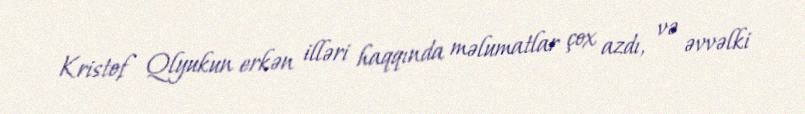
Kristof Qlyukun erkən illəri haqqında məlumatlar çox azdı, və əvvəlki